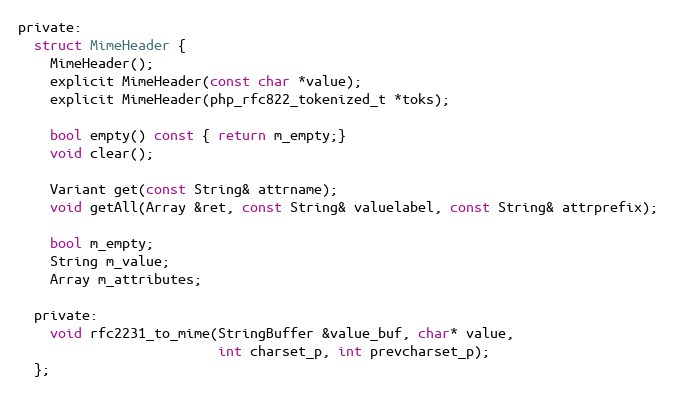
Language: C
private:
  struct MimeHeader {
    MimeHeader();
    explicit MimeHeader(const char *value);
    explicit MimeHeader(php_rfc822_tokenized_t *toks);

    bool empty() const { return m_empty;}
    void clear();

    Variant get(const String& attrname);
    void getAll(Array &ret, const String& valuelabel, const String& attrprefix);

    bool m_empty;
    String m_value;
    Array m_attributes;

  private:
    void rfc2231_to_mime(StringBuffer &value_buf, char* value,
                         int charset_p, int prevcharset_p);
  };